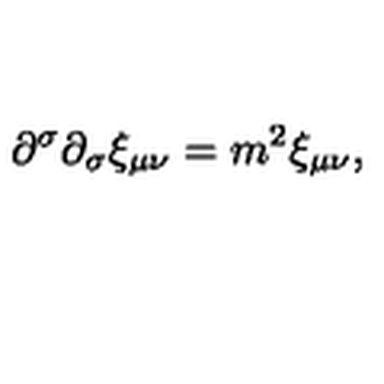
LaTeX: \partial ^ { \sigma } \partial _ { \sigma } \xi _ { \mu \nu } = m ^ { 2 } \xi _ { \mu \nu } ,